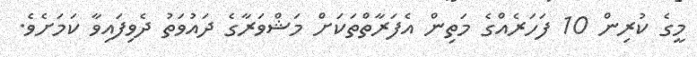
މީގެ ކުރިން 10 ފަހަރެއްގެ މަތިން އެފަރާތްތަކަށް މަޝްވަރާގެ ދައުވަތު ދެވިފައިވާ ކަމަށެވެ.